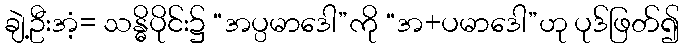
ချဲ့ဦးအံ့= သန္ဓိပိုင်း၌ “အပ္ပမာဒေါ”ကို “အ+ပမာဒေါ”ဟု ပုဒ်ဖြတ်၍